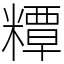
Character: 䊤